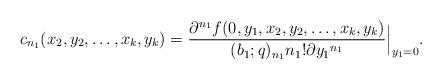
LaTeX: \begin{align*}c_{n_1}(x_2, y_2, \ldots, x_k, y_k)=\frac{\partial^{n_1} f(0, y_1, x_2, y_2, \ldots, x_k, y_k)}{(b_1; q)_{n_1} n_1! \partial {y_1}^{n_1}}\Big|_{y_1=0}.\end{align*}